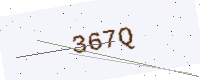
Text: 367Q